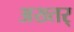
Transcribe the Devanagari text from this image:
अख्तर्